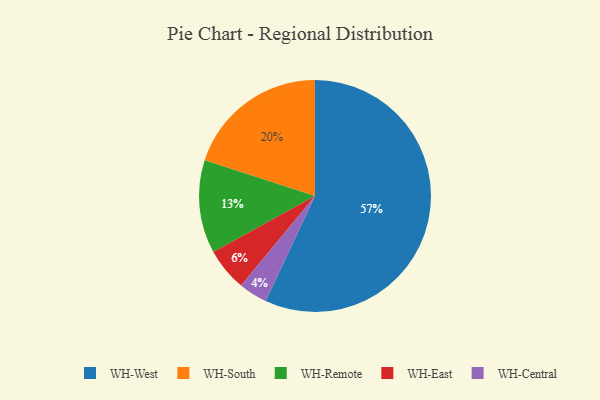
{"axis": {"x": "Category", "y": "Percentage"}, "legend": ["WH-Central", "WH-East", "WH-Remote", "WH-South", "WH-West"], "data": [{"x": "WH-South", "y": 20, "type": "WH-South"}, {"x": "WH-Remote", "y": 13, "type": "WH-Remote"}, {"x": "WH-Central", "y": 4, "type": "WH-Central"}, {"x": "WH-West", "y": 57, "type": "WH-West"}, {"x": "WH-East", "y": 6, "type": "WH-East"}]}